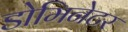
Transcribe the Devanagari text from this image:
डोमिनेटर